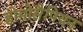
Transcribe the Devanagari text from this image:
होमोसैपियन